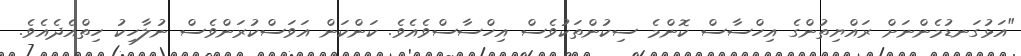
"އަޅުގަނޑުމެންނަށް ރައްޔިތުންގެ އިހްސާސް ކޮންމެ ސިކުންތަކުވެސް އިހްސާސްވެއެވެ. ކަންކަން އަވަސްކުރަންވެސް ނުލާހިކު ހިތްއެދެއެވެ.